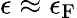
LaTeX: \epsilon\approx\epsilon_{\mathrm{{F}}}